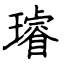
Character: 璿